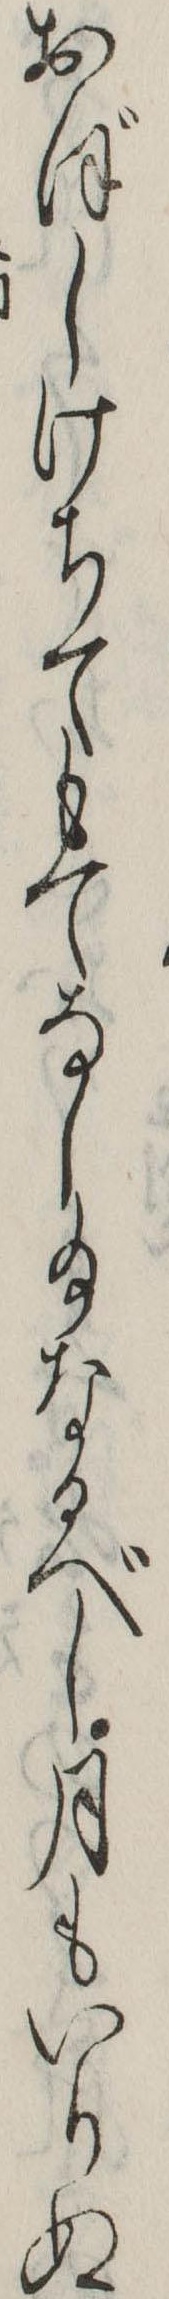
おぼしけちてもてなし給なるべし月もいりぬ